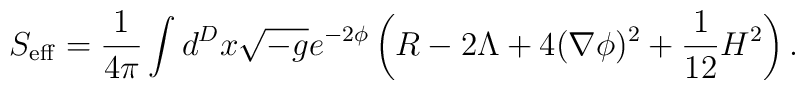
S_{\rm eff} = \frac{1}{4\pi}\int d^{D} x \sqrt{-g} e^{-2\phi} \left( R - 2\Lambda + 4 (\nabla\phi)^2+ \frac{1}{12} H^2 \right).